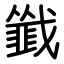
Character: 韱